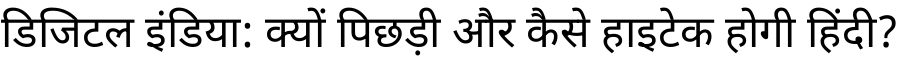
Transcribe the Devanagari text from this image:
डिजिटल इंडिया: क्यों पिछड़ी और कैसे हाइटेक होगी हिंदी?